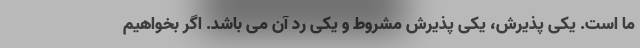
ما است. یکی پذیرش، یکی پذیرش مشروط و یکی رد آن می باشد. اگر بخواهیم